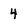
Character: 4